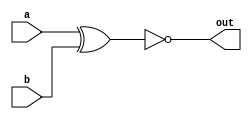
//32bit XNOR gate
//a == b then out == 32'hFFFFFFFF
//a != b then out != 32'hFFFFFFFF
module XNOR(a, b, out);

	input [31:0] a, b;
	output [31:0] out;

	assign out = ~(a^b);

endmodule